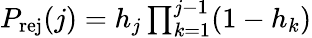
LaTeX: \begin{array}{r}{P_{\mathrm{rej}}(j)=h_{j}\prod_{k=1}^{j-1}(1-h_{k})}\end{array}